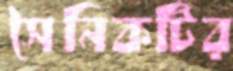
সৈনিকটির